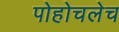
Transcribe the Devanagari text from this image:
पोहोचलेच